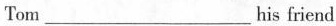
Tom___his friend